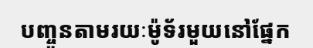
បញ្ចូនតាមរយៈម៉ូទ័រមួយនៅផ្នែក